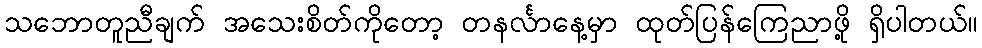
သဘောတူညီချက် အသေးစိတ်ကိုတော့ တနင်္လာနေ့မှာ ထုတ်ပြန်ကြေညာဖို့ ရှိပါတယ်။